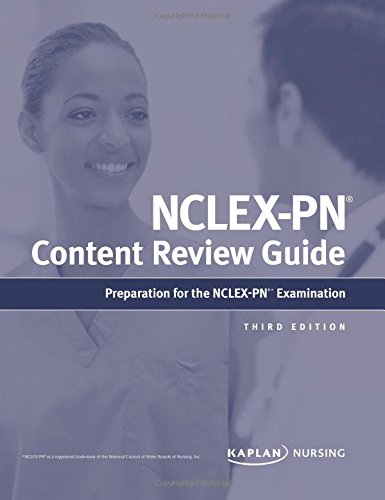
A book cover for NCLEX-PN Content Review Guide; Kaplan; Test Preparation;